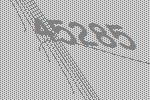
45285